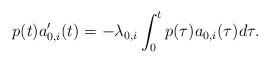
LaTeX: \begin{align*}p(t)a_{0,i}' (t)=-\lambda_{0,i}\int_0^tp(\tau)a_{0,i}(\tau)d\tau. \end{align*}